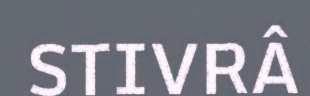
STIVRÂ